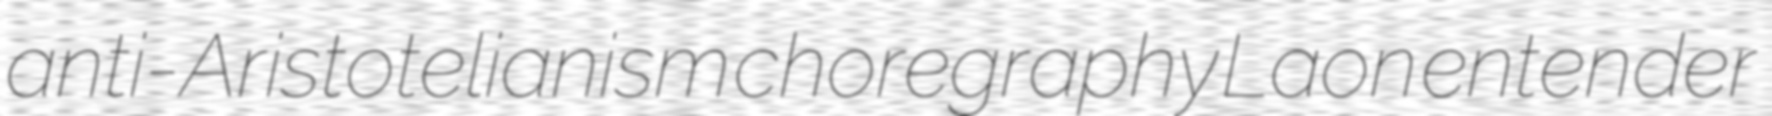
anti-Aristotelianism choregraphy Laon entender